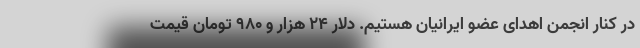
در کنار انجمن اهدای عضو ایرانیان هستیم. دلار ۲۴ هزار و ۹۸۰ تومان قیمت